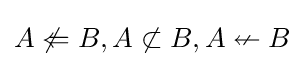
A\not \Leftarrow B,A\not \subset B,A\nleftarrow B